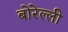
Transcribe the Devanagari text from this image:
बोरेल्ली